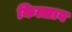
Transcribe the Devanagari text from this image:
किल्लाव